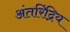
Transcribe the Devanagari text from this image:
अंतरिंद्रिय